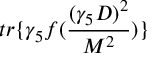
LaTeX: t r \{ \gamma _ { 5 } f ( \frac { ( \gamma _ { 5 } D ) ^ { 2 } } { M ^ { 2 } } ) \}